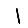
Digit: 1